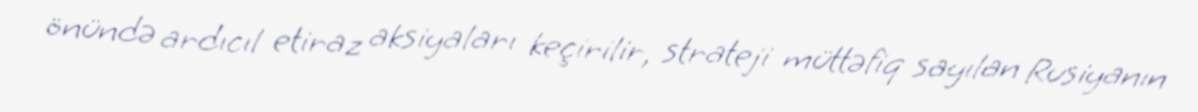
önündə ardıcıl etiraz aksiyaları keçirilir, strateji müttəfiq sayılan Rusiyanın